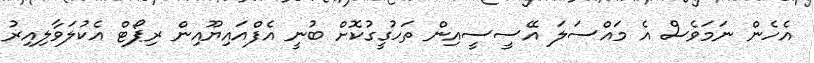
އެހެން ނަމަވެސް އެ މައްސަލަ އޭސީސީއިން ތަހުގީގުކޮށް ބުނީ އެފްއައިޔޫއިން ރިޕޯޓް އެކުލަވާލިއިރު